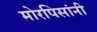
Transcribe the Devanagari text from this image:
मोरपिसांनी